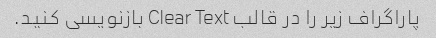
پاراگراف زیر را در قالب Clear Text بازنویسی کنید.